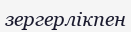
зергерлікпен